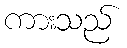
ကားသည်